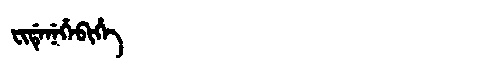
Manchu: ᠸᡳᡩᡝᠨᡝᡥᡝᠪᡳᡥᡝ
Romanization: FIDENEHEBIHE